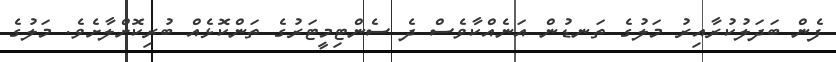
ފެން ބަދަލުކުރާއިރު މަލުގެ ތަނޑުން އަނެއްކާވެސް ދެ ސެންޓިމީޓަރުގެ ތަންކޮޅެއް ބުރިކޮށްލާށެވެ. މަލުގެ